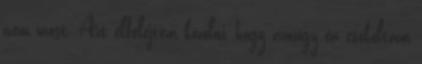
nem most. Azt elfelejtem közölni, hogy amúgy én csókoltam